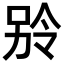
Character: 𪡎